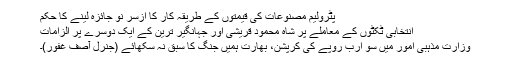
پٹرولیم مصنوعات کی قیمتوں کے طریقہ کار کا ازسر نو جائزہ لینے کا حکم
انتخابی ٹکٹوں کے معاملے پر شاہ محمود قریشی اور جہانگیر ترین کے ایک دوسرے پر الزامات
وزارت مذہبی امور میں سو ارب روپے کی کرپشن، بھارت ہمیں جنگ کا سبق نہ سکھائے (جنرل آصف غفور)۔